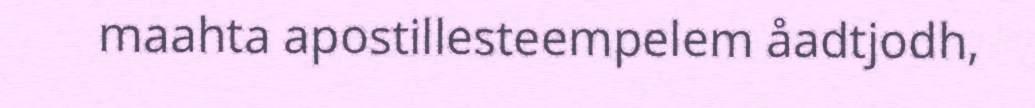
maahta apostillesteempelem åadtjodh,